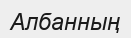
Албанның